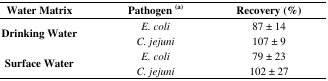
<table><thead><tr><td><b>Water Matrix</b></td><td><b>Pathogen (a)</b></td><td><b>Recovery (%)</b></td></tr></thead><tbody><tr><td rowspan="2"><b>Drinking Water</b></td><td><i>E. coli</i></td><td>87 ± 14</td></tr><tr><td><i>C. jejuni</i></td><td>107 ± 9</td></tr><tr><td rowspan="2"><b>Surface Water</b></td><td><i>E. coli</i></td><td>79 ± 23</td></tr><tr><td><i>C. jejuni</i></td><td>102 ± 27</td></tr></tbody></table>